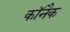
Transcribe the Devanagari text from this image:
कॉनैक